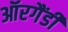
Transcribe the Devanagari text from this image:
ऑरगैंडी